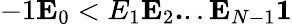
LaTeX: -1\le E_{0}<E_{1}\le E_{2}\le...\le E_{N-1}\le 1